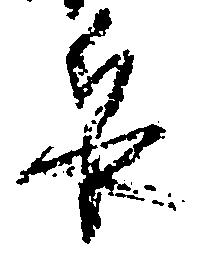
泉